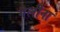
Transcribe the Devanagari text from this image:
गैलीना